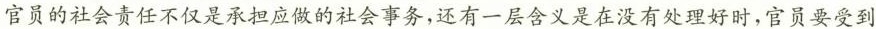
官员的社会责任不仅是承担应做的社会事务，还有一层含义是在没有处理好时，官员要受到